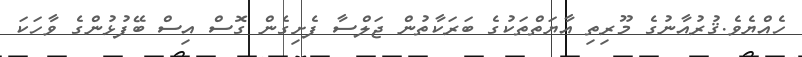
ހެއްޔެވެ.ޤުރުއާނުގެ މޫރިތި އާޔަތްތަކުގެ ބަރަކާތުން ޖަލްސާ ފެށިގެން ގޮސް އިސް ބޭފުޅުންގެ ވާހަކަ